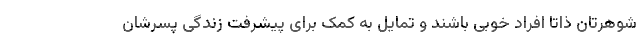
شوهرتان ذاتا افراد خوبی باشند و تمایل به کمک برای پیشرفت زندگی پسرشان